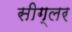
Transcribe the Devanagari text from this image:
सीग्लर